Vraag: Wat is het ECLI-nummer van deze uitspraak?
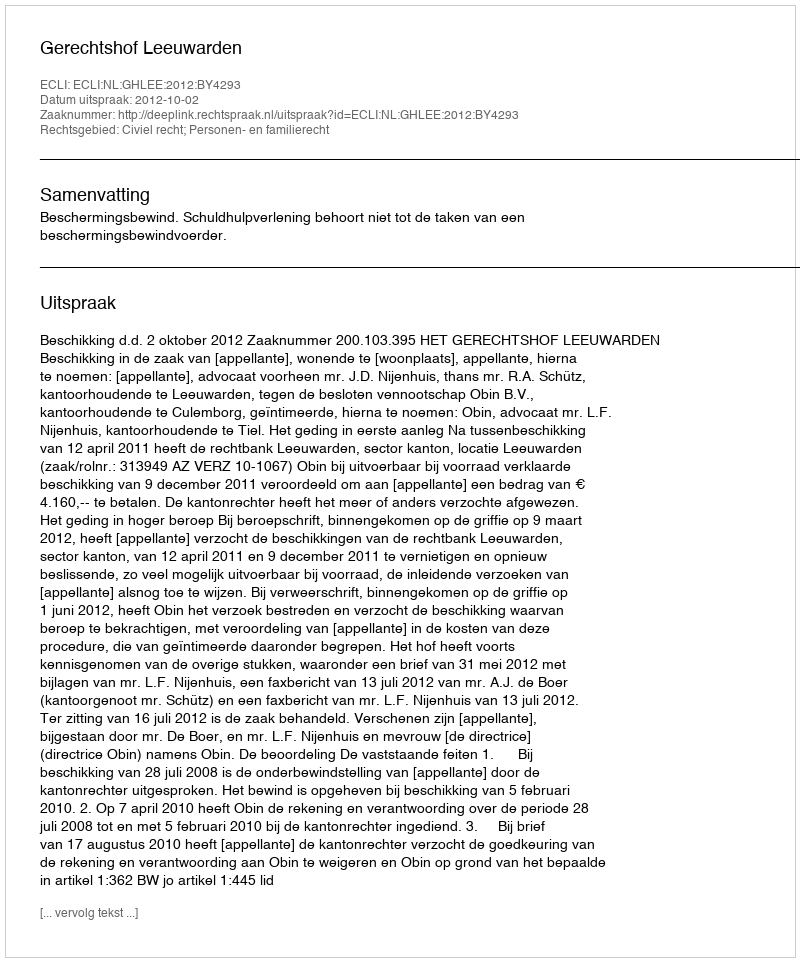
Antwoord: ECLI:NL:GHLEE:2012:BY4293